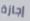
إجازة